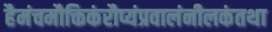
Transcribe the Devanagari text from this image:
हैमंचमौक्तिकंरौप्यंप्रवालंनीलकंतथा